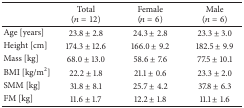
<table><thead><tr><td><b> </b></td><td><b>Total(<i>n</i> = 12)</b></td><td><b>Female(<i>n</i> = 6)</b></td><td><b>Male(<i>n</i> = 6)</b></td></tr></thead><tbody><tr><td>Age [years]</td><td>23.8 ± 2.8</td><td>24.3 ± 2.8</td><td>23.3 ± 3.0</td></tr><tr><td>Height [cm]</td><td>174.3 ± 12.6</td><td>166.0 ± 9.2</td><td>182.5 ± 9.9</td></tr><tr><td>Mass [kg]</td><td>68.0 ± 13.0</td><td>58.6 ± 7.6</td><td>77.5 ± 10.1</td></tr><tr><td>BMI [kg/m<sup>2</sup>]</td><td>22.2 ± 1.8</td><td>21.1 ± 0.6</td><td>23.3 ± 2.0</td></tr><tr><td>SMM [kg]</td><td>31.8 ± 8.1</td><td>25.7 ± 4.2</td><td>37.8 ± 6.3</td></tr><tr><td>FM [kg]</td><td>11.6 ± 1.7</td><td>12.2 ± 1.8</td><td>11.1 ± 1.6</td></tr></tbody></table>